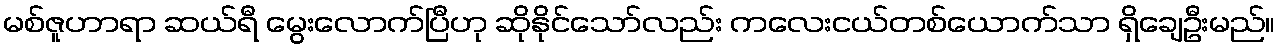
မစ်ဇူဟာရာ ဆယ်ရီ မွေးလောက်ပြီဟု ဆိုနိုင်သော်လည်း ကလေးငယ်တစ်ယောက်သာ ရှိချေဦးမည်။